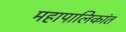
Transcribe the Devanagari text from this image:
महापालिकांत